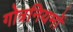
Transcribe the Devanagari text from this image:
गोत्रनियमों